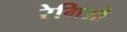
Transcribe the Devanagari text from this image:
रेगिओ